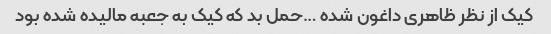
کیک از نظر ظاهری داغون شده …حمل بد که کیک به جعبه مالیده شده بود